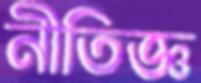
নীতিজ্ঞ